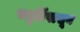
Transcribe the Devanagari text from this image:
स्मृतिंपासून